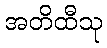
အတိထီသု